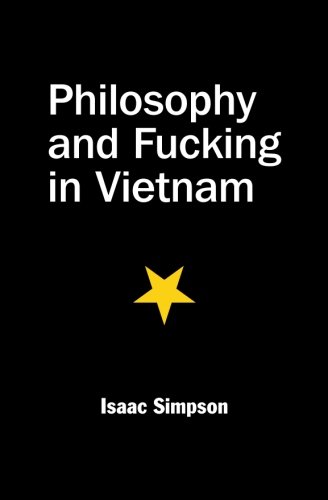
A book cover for Philosophy and Fucking in Vietnam; Isaac Simpson; Travel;